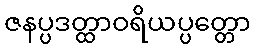
ဇနပ္ပဒတ္ထာဝရိယပ္ပတ္တော